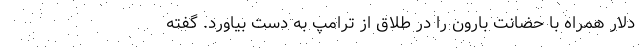
دلار همراه با حضانت بارون را در طلاق از ترامپ به دست بیاورد. گفته